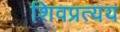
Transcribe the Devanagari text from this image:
शिवप्रत्यय